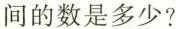
间的数是多少?